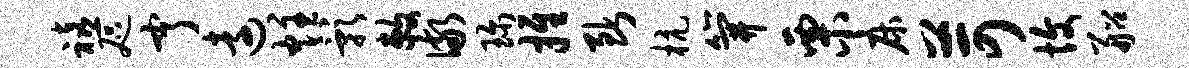
禧咫亨远炷影敕儆珍推断杭笄栗床苛愎船